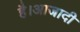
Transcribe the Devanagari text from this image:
है।आजादी